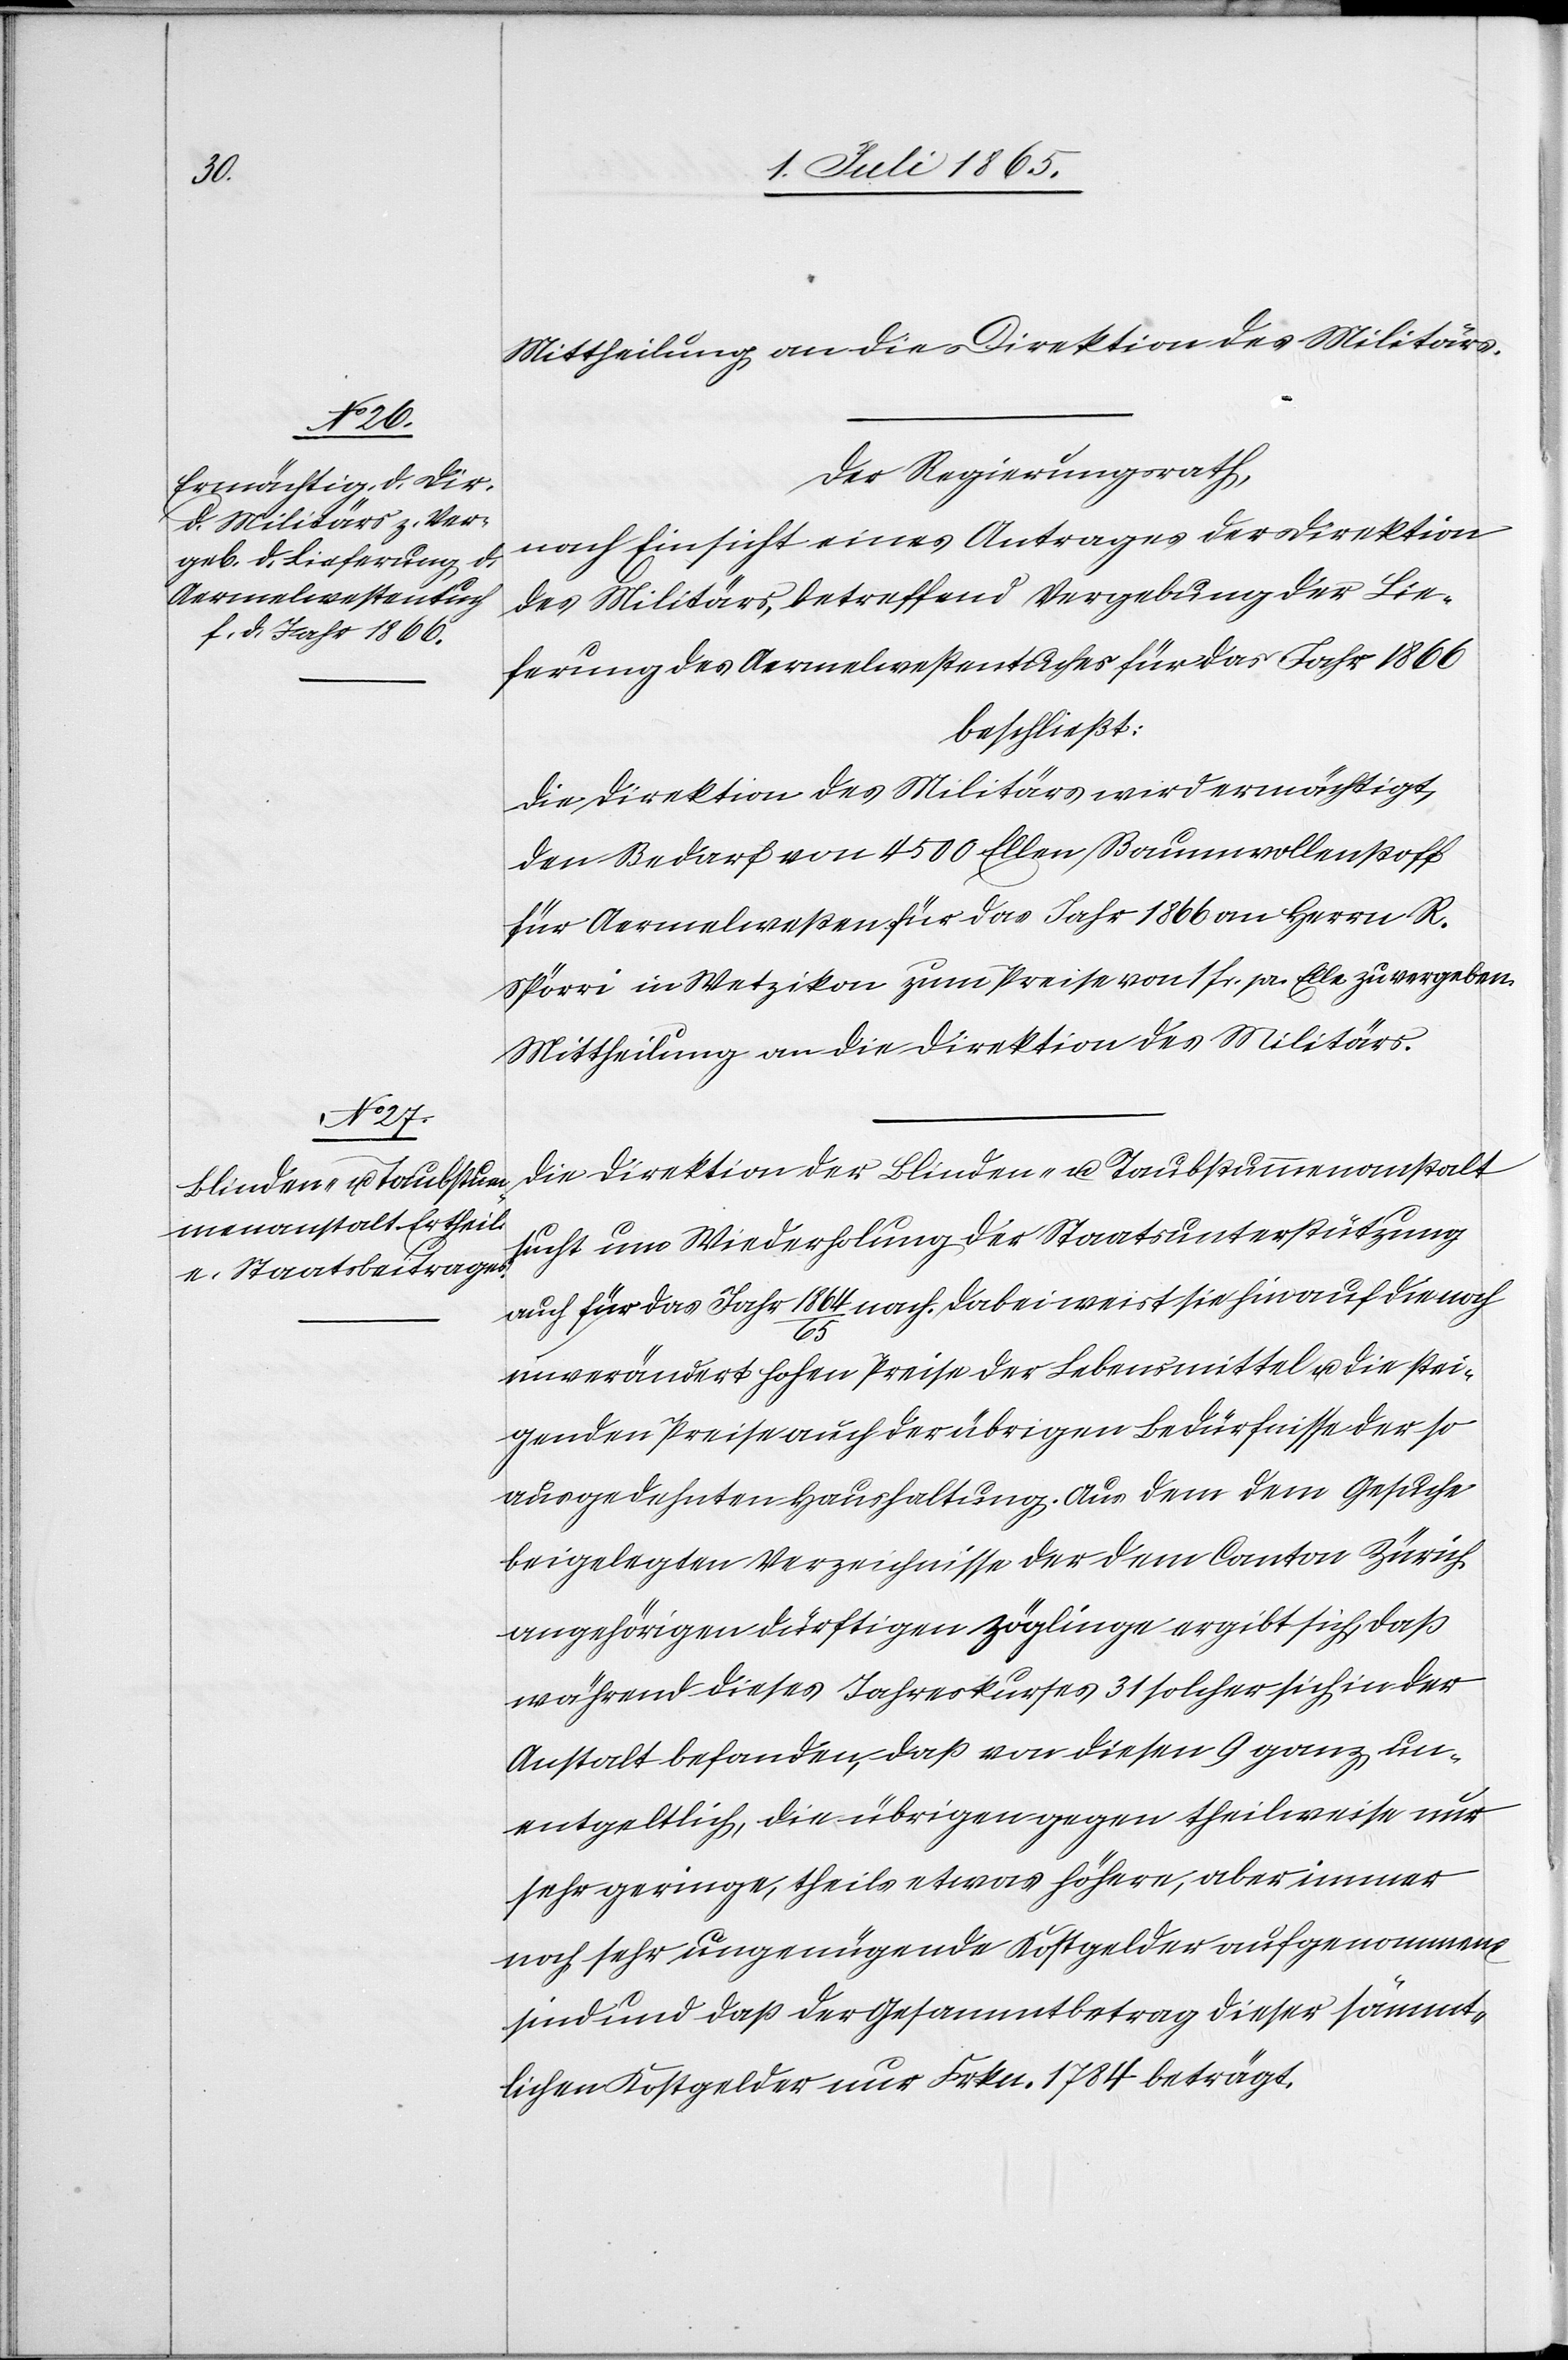
Mittheilung an die Direktion des Militärs.
Der Regierungsrath,
nach Einsicht eines Antrages der Direktion
des Militärs, betreffend Vergebung der Lie¬
ferung des Aermelwestentuches für das Jahr 1866
beschließt:
Die Direktion des Militärs wird ermächtigt,
den Bedarf von 4500 Ellen Baumwollenstoff
für Aermelwesten für das Jahr 1866 an Herrn R.
Spörri in Wetzikon zum Preise von 1 fr. pr. Elle zu vergeben.
Mittheilung an die Direktion des Militärs.
Die Direktion der Blinden- u. Taubstummenanstalt
sucht um Wiederholung der Staatsunterstützung
auch für das Jahr 1864/65 nach. Dabei weist sie hin auf die noch
unverändert hohen Preise der Lebensmittel u. die stei¬
genden Preise auch der übrigen Bedürfnisse der so
ausgedehnten Haushaltung. Aus dem dem Gesuche
beigelegten Verzeichnisse der dem Canton Zürich
angehörigen dürftigen Zöglinge ergibt sich, daß
während dieses Jahreskurses 31 solcher sich in der
Anstalt befanden, daß von diesen 9 ganz un¬
entgeltlich, die übrigen gegen theilweise nur
sehr geringe, theils etwas höhere, aber immer
noch sehr ungenügende Kostgelder aufgenommen
sind und daß der Gesammtbetrag dieser sämmt¬
lichen Kostgelder nur Frkn. 1748 beträgt.